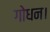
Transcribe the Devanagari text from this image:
गोधन।